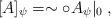
LaTeX: \begin{align*}[A]_\psi = \sim \circ A_\psi\rvert_0\;,\end{align*}